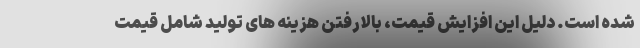
شده است. دلیل این افزایش قیمت، بالارفتن هزینه های تولید شامل قیمت